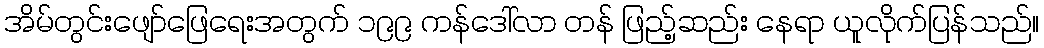
အိမ်တွင်းဖျော်ဖြေရေးအတွက် ၁၉၉ ကန်ဒေါ်လာ တန် ဖြည့်ဆည်း နေရာ ယူလိုက်ပြန်သည်။